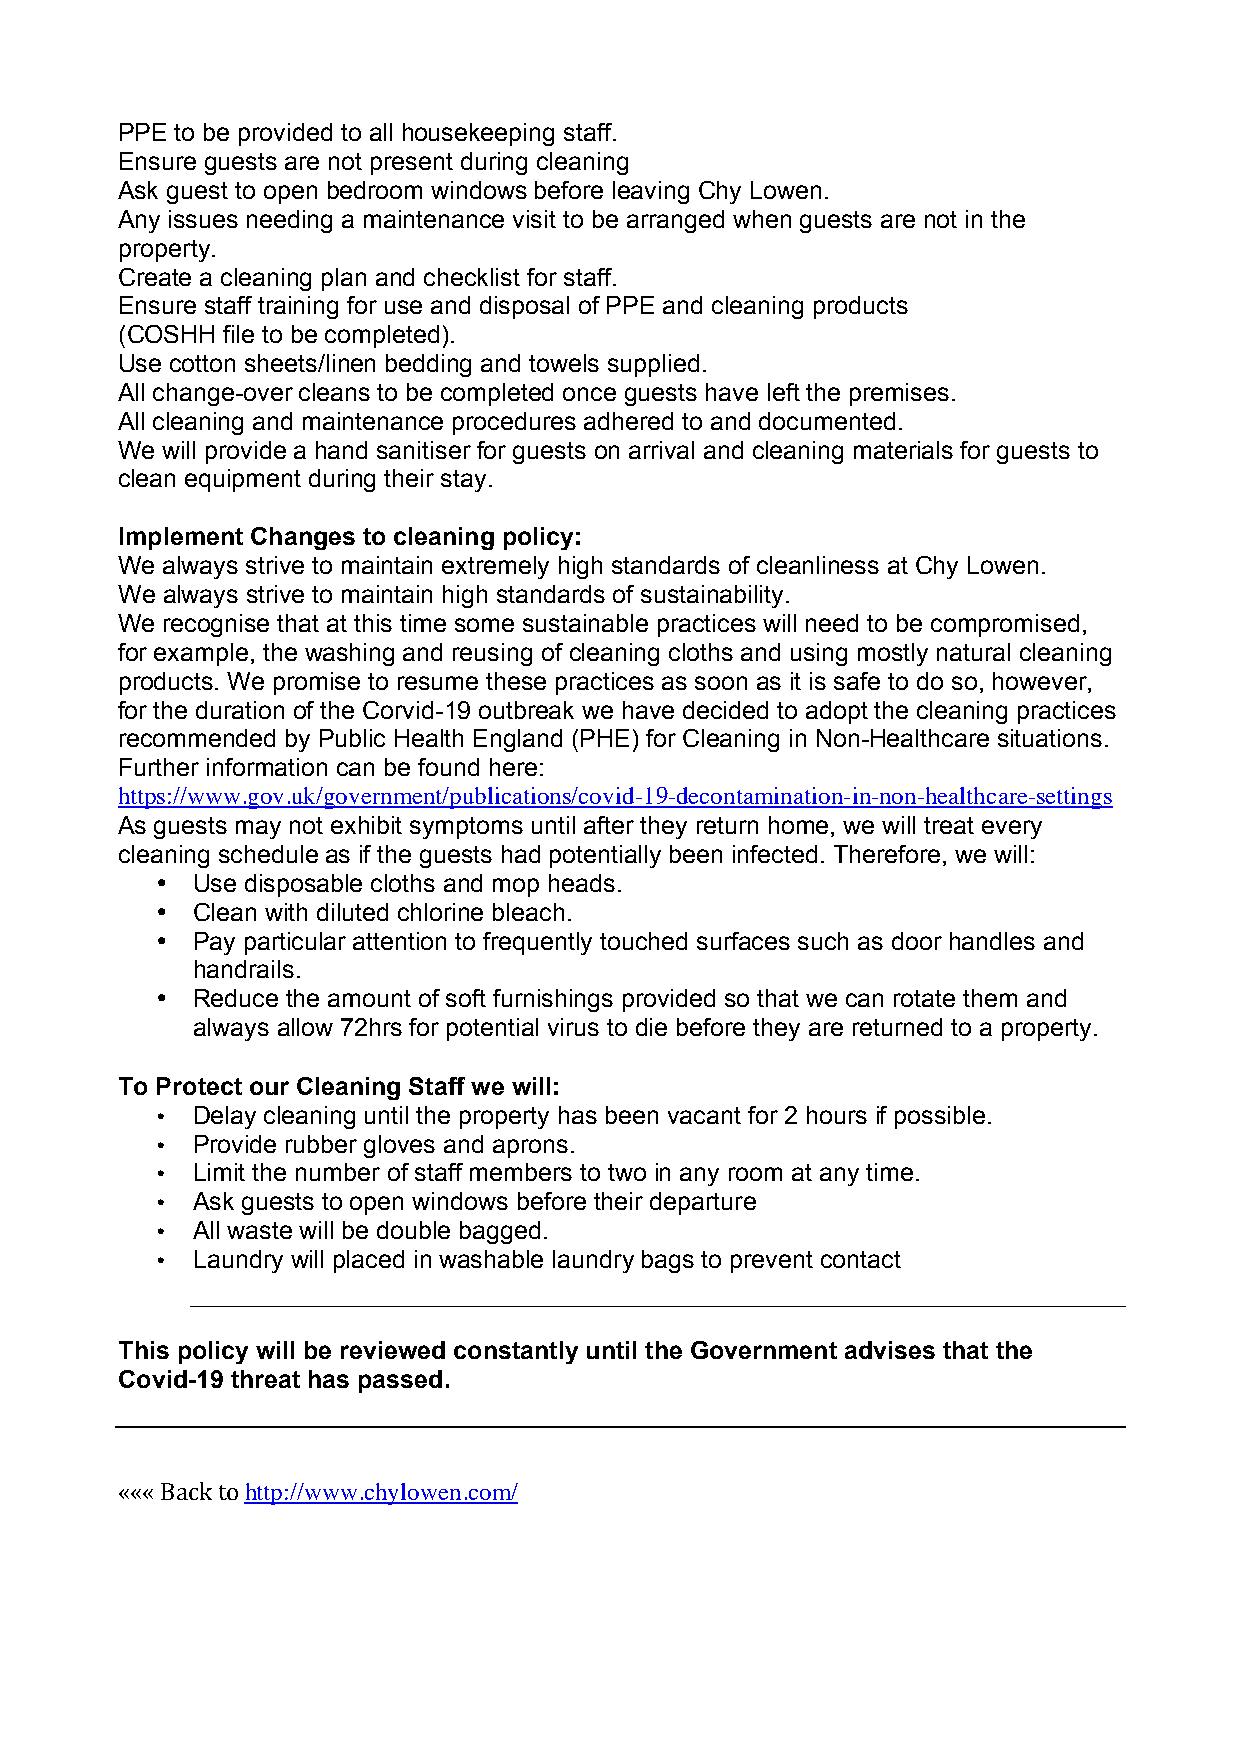
PPE to be provided to all housekeeping staff.
 Ensure guests are not present during cleaning
 Ask guest to open bedroom windows before leaving Chy Lowen.
 Any issues needing a maintenance visit to be arranged when guests are not in the
 property.
 Create a cleaning plan and checklist for staff.
 Ensure staff training for use and disposal of PPE and cleaning products
 (COSHH file to be completed).
 Use cotton sheets/linen bedding and towels supplied.
 All change-over cleans to be completed once guests have left the premises.
 All cleaning and maintenance procedures adhered to and documented.
 We will provide a hand sanitiser for guests on arrival and cleaning materials for guests to
 clean equipment during their stay.
 Implement Changes to cleaning policy:
 We always strive to maintain extremely high standards of cleanliness at Chy Lowen.
 We always strive to maintain high standards of sustainability.
 We recognise that at this time some sustainable practices will need to be compromised,
 for example, the washing and reusing of cleaning cloths and using mostly natural cleaning
 products. We promise to resume these practices as soon as it is safe to do so, however,
 for the duration of the Corvid-19 outbreak we have decided to adopt the cleaning practices
 recommended by Public Health England (PHE) for Cleaning in Non-Healthcare situations.
 Further information can be found here:
 https://www.gov.uk/government/publications/covid-19-decontamination-in-non-healthcare-settings
 As guests may not exhibit symptoms until after they return home, we will treat every
 cleaning schedule as if the guests had potentially been infected. Therefore, we will:
 •  Use disposable cloths and mop heads.
 •  Clean with diluted chlorine bleach.
 •  Pay particular attention to frequently touched surfaces such as door handles and
 handrails.
 •  Reduce the amount of soft furnishings provided so that we can rotate them and
 always allow 72hrs for potential virus to die before they are returned to a property.
 To Protect our Cleaning Staff we will:
 •  Delay cleaning until the property has been vacant for 2 hours if possible.
 •  Provide rubber gloves and aprons.
 •  Limit the number of staff members to two in any room at any time.
 •  Ask guests to open windows before their departure
 •  All waste will be double bagged.
 •  Laundry will placed in washable laundry bags to prevent contact
 This policy will be reviewed constantly until the Government advises that the
 Covid-19 threat has passed.
 ««« Back to http://www.chylowen.com/